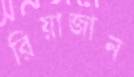
রিয়াজান